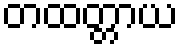
တထတ္တာယ